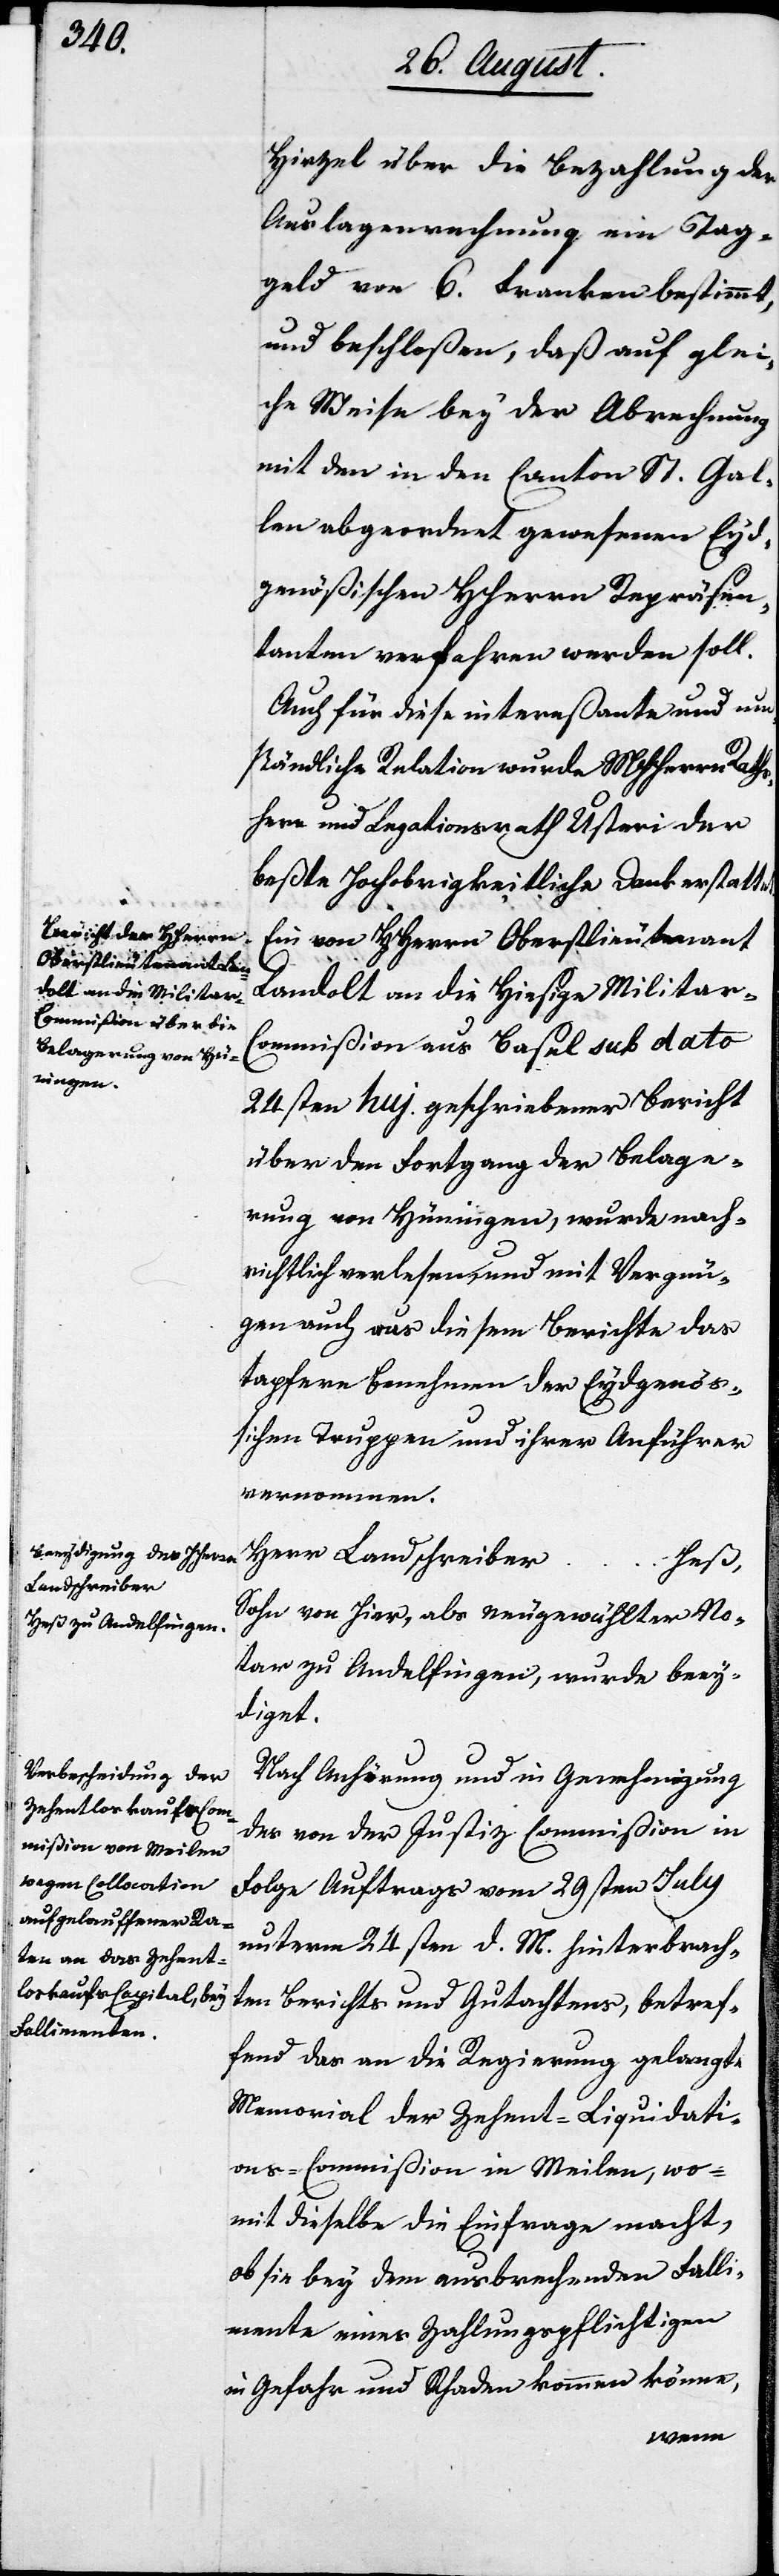
Hirzel über die Bezahlung der
Auslagenrechnung ein Tag¬
geld von 6 Franken bestimmt,
und beschloßen, daß auf glei¬
che Weise bey der Abrechnung
mit den in den Canton St. Gal¬
len abgeordnet gewesenen Eyd¬
genößischen HHerrn Repräsen¬
tanten verfahren werden soll.
Auch für diese intereßante und um¬
ständliche Relation wurde MHHerrn Raths¬
herr und Legationsrath Usteri der
beßte Hochobrigkeitliche Dank erstattet.
Ein von HHerrn Oberstlieutenant
Landolt an die hiesige Militar-C¬
ommißion aus Basel sub dato
24sten huj. geschriebener Bericht
über den Fortgang der Belage¬
rung von Hüningen, wurde nach¬
richtlich verlesen, und mit Vergnü¬
gen auch aus diesem Berichte das
tapfere Benehmen der Eydgenößi¬
schen Truppen und ihrer Anführer
vernommen.
Herr Landschreiber
Heß,
Sohn von hier, als neugewählter No¬
tar zu Andelfingen, wurde beey¬
digt.
Nach Anhörung und in Genehmigung
des von der Justiz Commißion in
Folge Auftrags vom 29sten July
unterm 24sten d. M. hinterbrach¬
ten Berichts und Gutachtens, betref¬
fend das an die Regierung gelangte
Memorial der Zehent-Liquidati¬
ons-Commißion in Meilen, wo¬
mit dieselbe die Einfrage macht,
ob sie bey dem ausbrechenden Falli¬
mente eines Zahlungspflichtigen
in Gefahr und Schaden kommen könne,